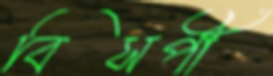
বিসর্পী